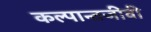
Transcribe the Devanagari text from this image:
कल्पान्तजीवी